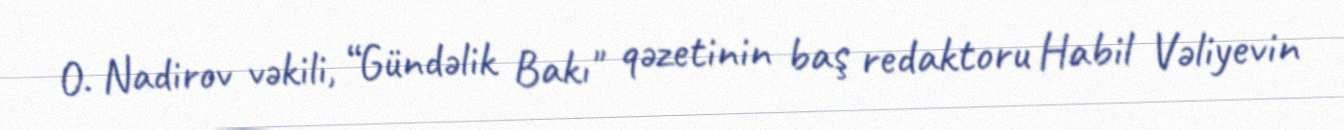
O. Nadirov vəkili, “Gündəlik Bakı" qəzetinin baş redaktoru Habil Vəliyevin